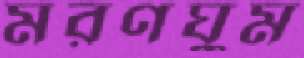
মরণঘুম